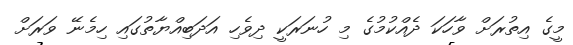
މީގެ އިތުރަށް ވާހަކަ ދެއްކުމުގެ މި ހުނަރަކީ ދިވެހި އަދަބިއްޔާތުގައި ހިމެނޭ ވަރަށް